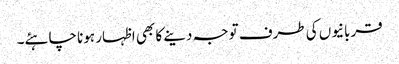
قربانیوں کی طرف توجہ دینے کا بھی اظہار ہونا چاہئے۔